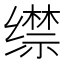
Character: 𦈟